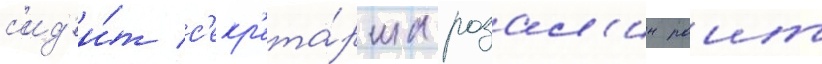
с'ид'и́т с'екр'ета́рша розал'ин раит